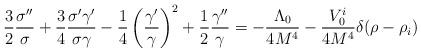
LaTeX: \begin{align*}{3 \over 2}{\sigma'' \over \sigma}+{3 \over 4}{\sigma'\gamma' \over\sigma \gamma}-{1 \over 4}\left({\gamma' \over \gamma}\right)^2+{1\over 2}{\gamma'' \over \gamma}=-{\Lambda_0 \over 4M^4}-{V^i_0 \over 4M^4}\delta(\rho-\rho_i)\end{align*}